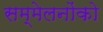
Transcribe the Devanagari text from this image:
सम्मेलनोंको